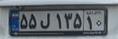
۵۵ل۱۳۵۱۰